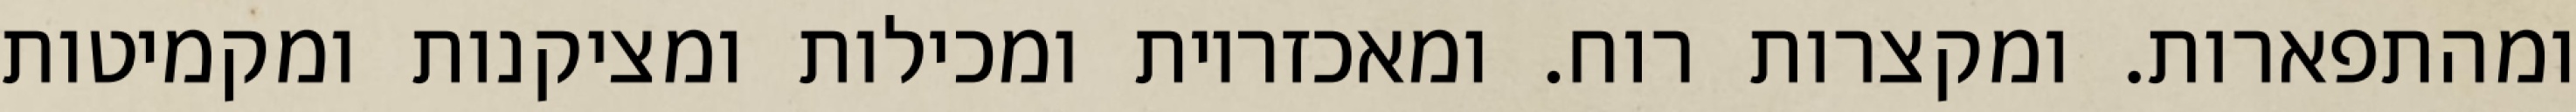
ומהתפארות. ומקצרות רוח. ומאכזריות ומכילות ומציקנות ומקמיטות